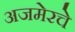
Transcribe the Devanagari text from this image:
अजमेरचे